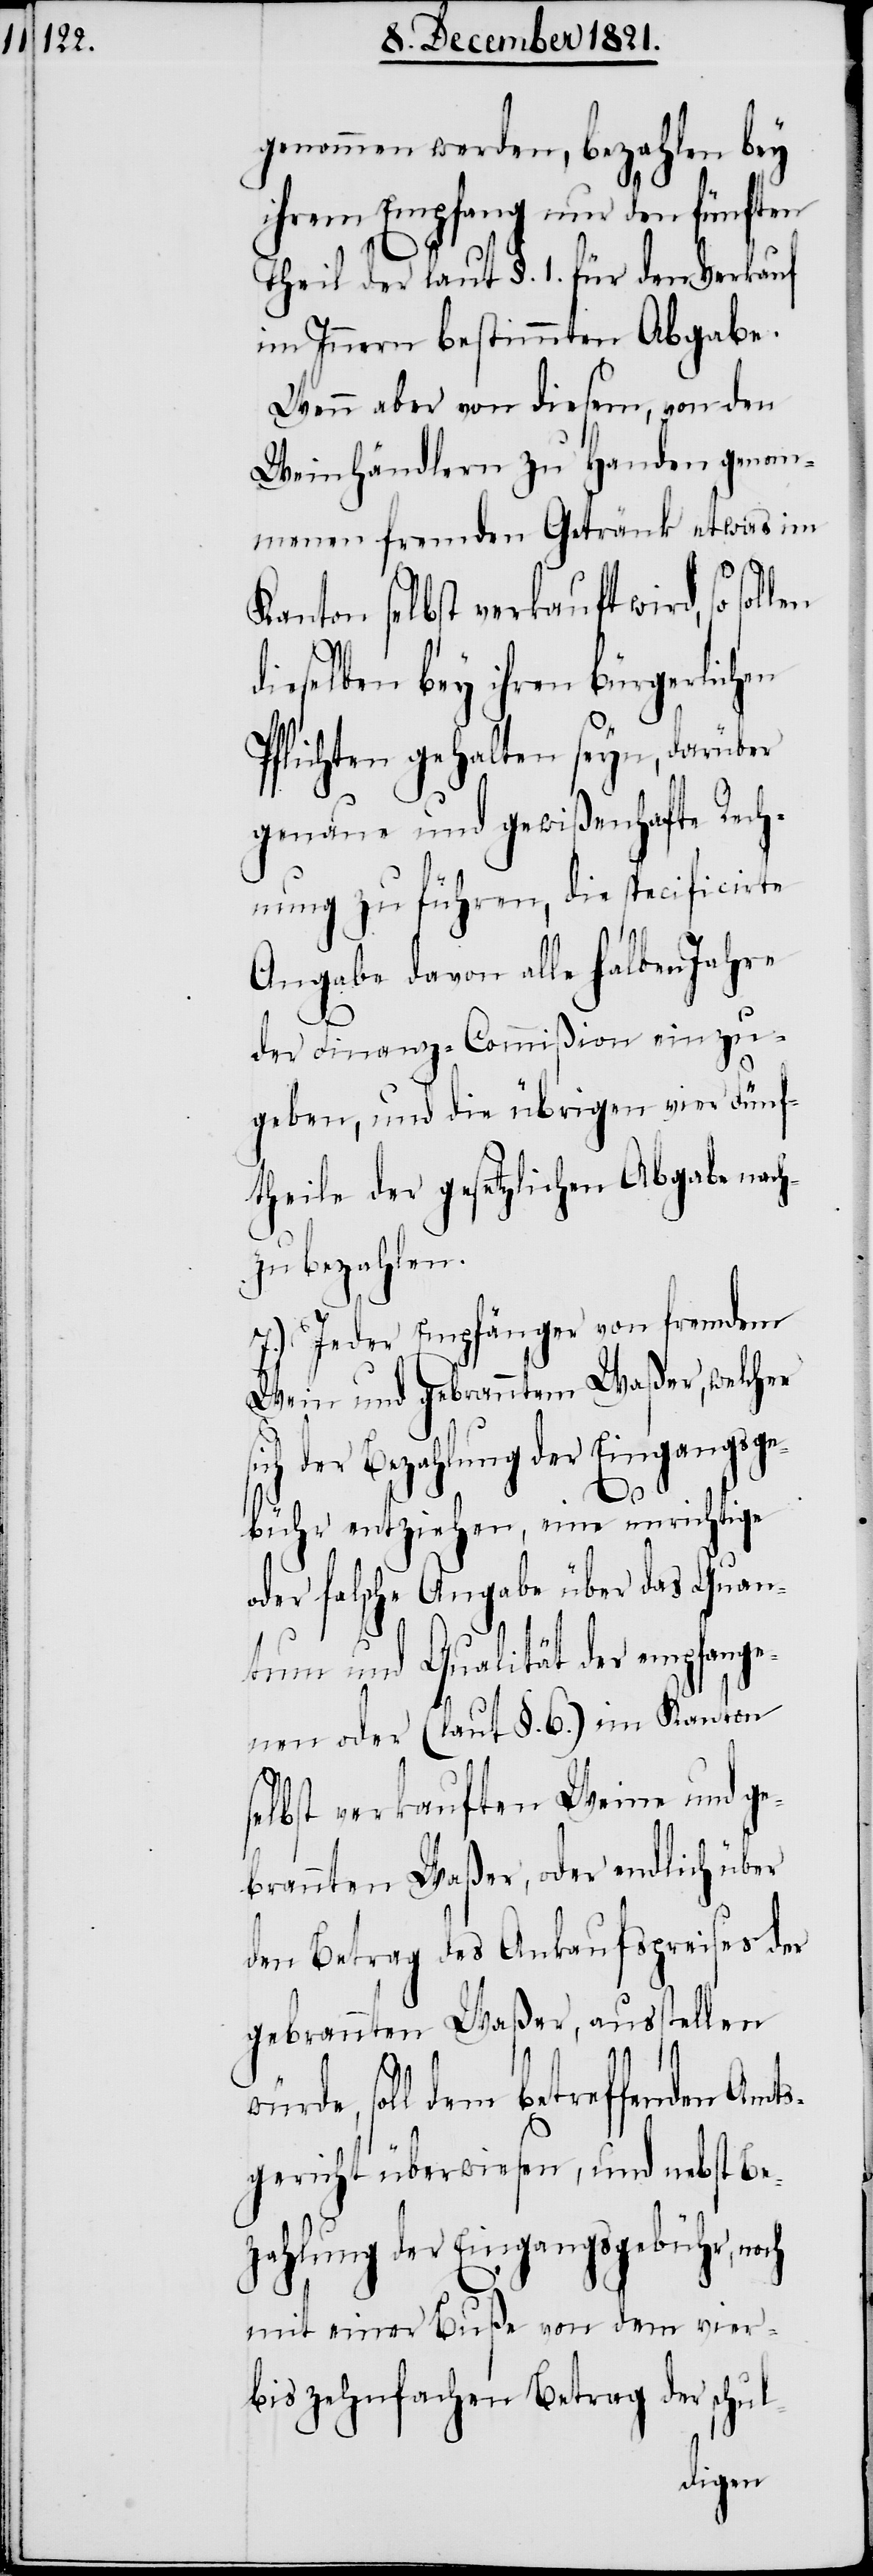
genommen werden, bezahlen bey
ihrem Empfang nur den fünften
Theil der laut §. 1. für den Verkauf
im Innern bestimmten Abgabe.
Wenn aber von diesem, von den
Weinhändlern zu Handen genom¬
menen fremden Getränk etwas im
Kanton selbst verkauft wird, so
dieselben bey ihren bürgerlichen
Pflichten gehalten seyn, darüber
genaue und gewißenhafte Rech¬
nung zu führen, die specificirte
Angabe davon alle halben Jahre
der Finanz-Commißion einzu¬
geben, und die übrigen vier Fünf¬
theile der gesetzlichen Abgabe nach¬
zubezahlen.
7.) Jeder Empfänger von fremdem
Wein und gebranntem Waßer, welcher
der Bezahlung der Eingangsg¬
ebühr entziehen, eine unrichtige
oder falsche Angabe über das Quan¬
tum und Qualität der empfange¬
nen oder (laut §. 6.) im Kanton
selbst verkauften Weine und ge¬
brannten Waßer, oder endlich über
den Betrag des Ankaufspreises der
gebrannten Waßer, ausstellen
soll dem betreffenden Amts¬
gericht überwiesen, und nebst Be¬
zahlung der Eingangsgebühr, noch
mit einer Buße von dem vier-
bis zehnfachen Betrag der schul-